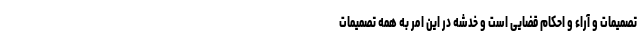
تصمیمات و آراء و احکام قضایی است و خدشه در این امر به همه تصمیمات